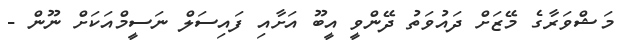
މަޝްވަރާގެ މޭޒަށް ދައުވަތު ދޭންވީ އީބޫ އަށާއި ފައިސަލް ނަސީމްއަކަށް ނޫން -